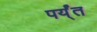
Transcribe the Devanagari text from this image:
पर्य्ंत